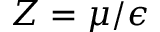
Z = \mu / \epsilon